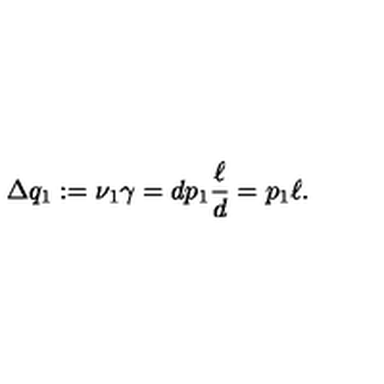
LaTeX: \Delta q _ { 1 } : = \nu _ { 1 } \gamma = d p _ { 1 } \frac { \ell } { d } = p _ { 1 } \ell .